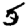
Digit: 5